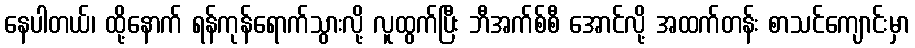
နေပါတယ်၊ ထို့နောက် ရန်ကုန်ရောက်သွားလို့ လူထွက်ပြီး ဘီအက်စ်စီ အောင်လို့ အထက်တန်း စာသင်ကျောင်းမှာ